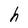
Character: h